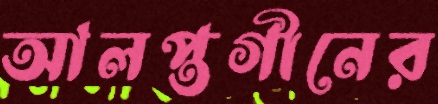
আলপ্তগীনের